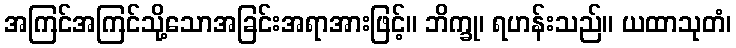
အကြင်အကြင်သို့သောအခြင်းအရာအားဖြင့်။ ဘိက္ခု၊ ရဟန်းသည်။ ယထာသုတံ၊